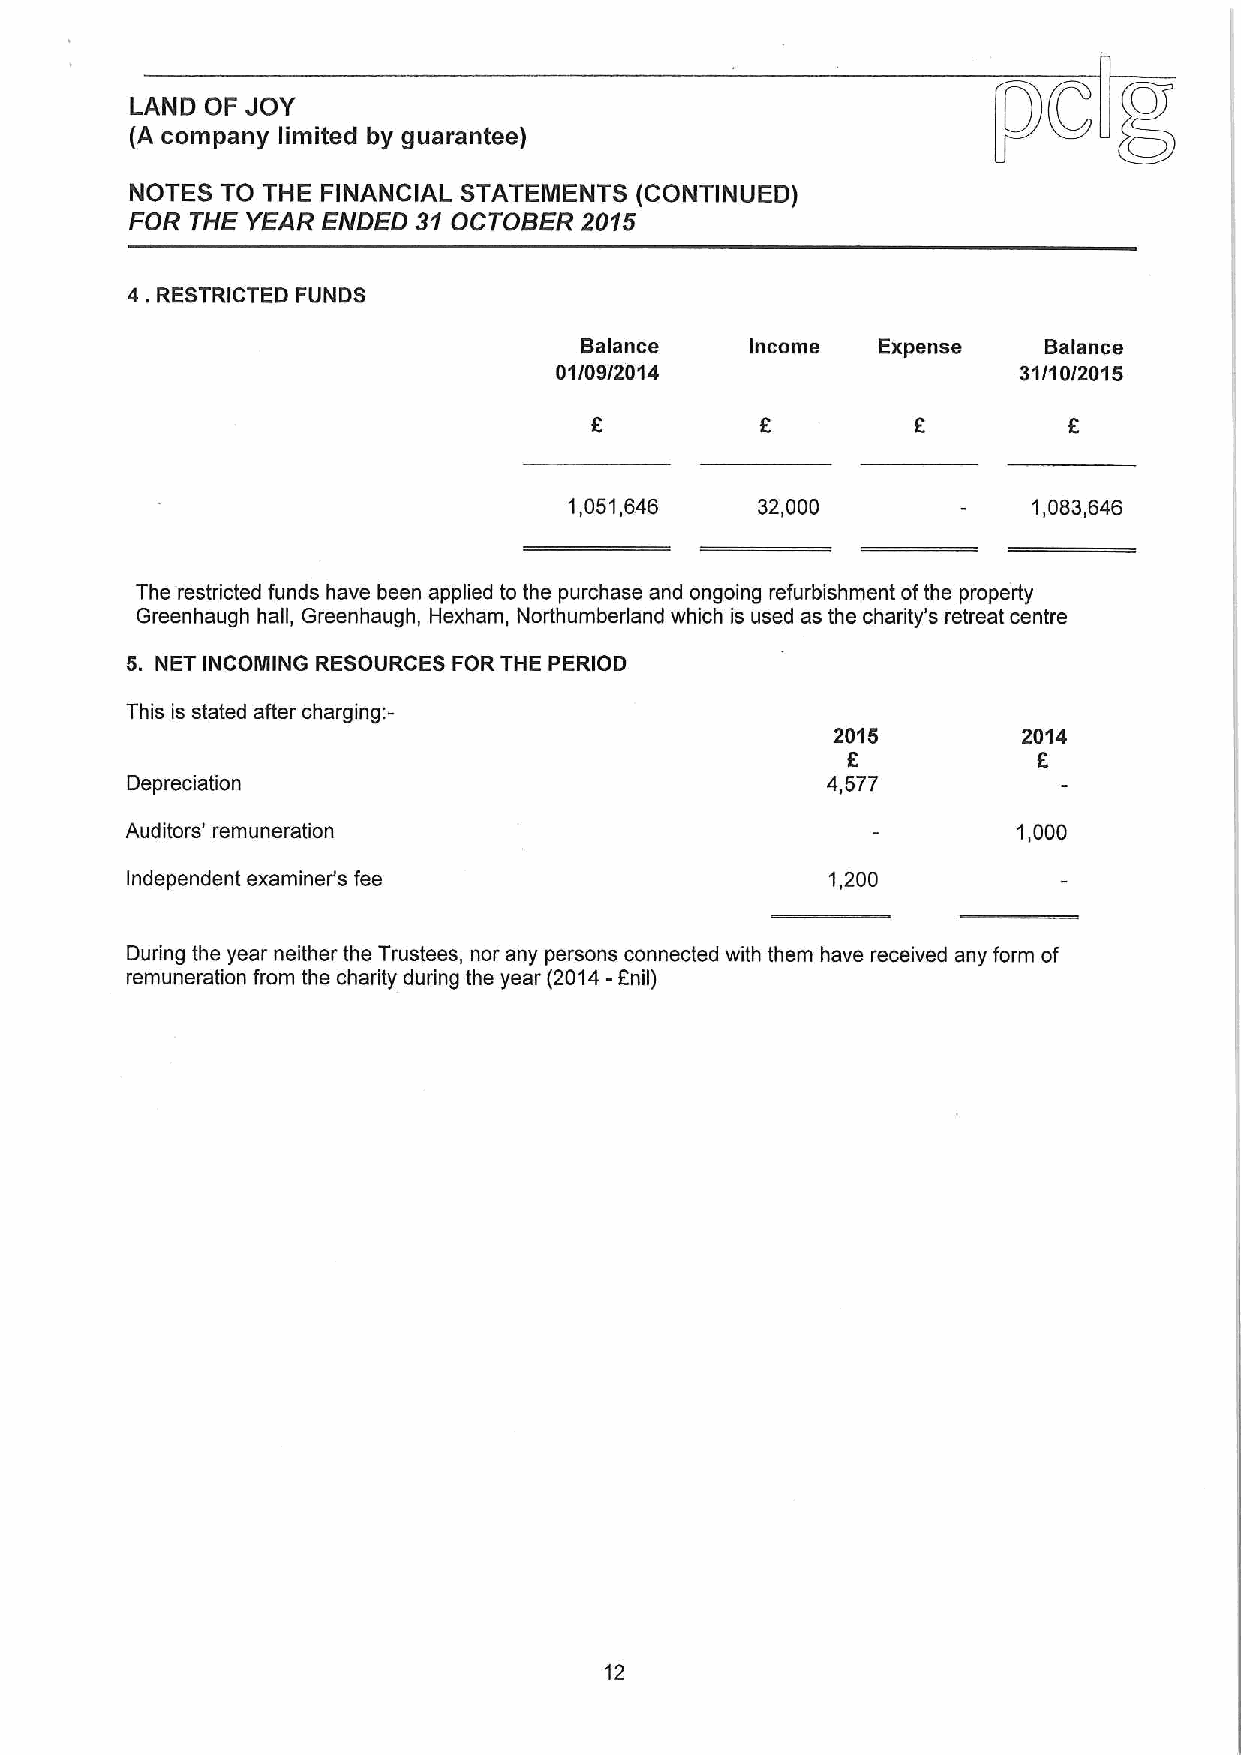
LAND OF JOY
 (A company limited by guarantee)
 NOTES TO THE FINANCIAL STATEMENTS (CONTINUED)
 FOR THE YEAR ENDED 31OCTOBER 2015
 4.
 RESTRICTED FUNDS
 Balance     Income  Expense    Balance
 01/09/2014                    31/10/2015
 1,051,646   32,000            1,083,646
 The restricted funds have been applied to the purchase and ongoing refurbishment ofthe property
 Greenhaugh hall, Greenhaugh, Hexham, Northumberland which is used as the charity's retreat centre
 5. NET INCOMING RESOURCES FOR THE PERIOD
 This is stated after charging:-
 2015         2014
 E            5
 Depreciation                                   4,577
 Auditors' remuneration                                     1,000
 Independent examiner's fee                     1,200
 During the year neither the Trustees, nor any persons connected with them have received any form of
 remuneration from the charity during the year (2014- anil)
 12